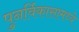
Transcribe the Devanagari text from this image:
पुनर्विकासामध्ये